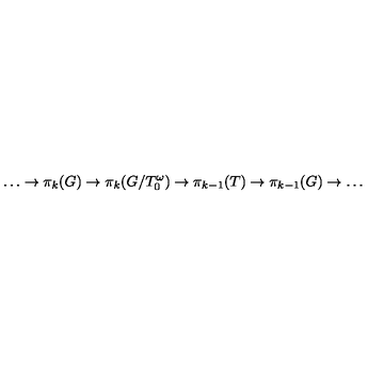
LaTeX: \ldots \to \pi _ { k } ( G ) \to \pi _ { k } ( G / T _ { 0 } ^ { \omega } ) \to \pi _ { k - 1 } ( T ) \to \pi _ { k - 1 } ( G ) \to \ldots